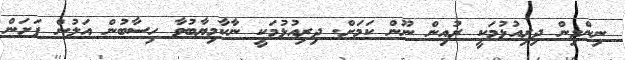
ނިންމިން ދިރިއުޅުމަކީ ރުއިން ނޫން ކަމަށް. ދިރިއުޅުމަކީ ނާކާމިޔާބުވާ ހިސާބުން އަލުން ފަށަން